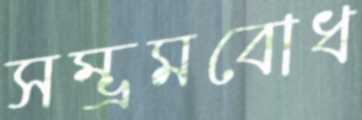
সম্ভ্রমবোধ